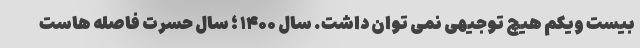
بیست ویکم هیچ توجیهی نمی توان داشت. سال ۱۴۰۰ ؛ سال حسرت فاصله هاست